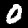
Digit: 0